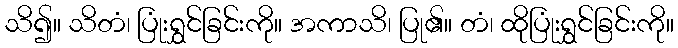
သိ၍။ သိတံ၊ ပြုံးရွှင်ခြင်းကို။ အကာသိ၊ ပြု၏။ တံ၊ ထိုပြုံးရွှင်ခြင်းကို။